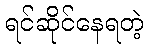
ရင်ဆိုင်နေရတဲ့